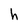
Character: h